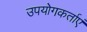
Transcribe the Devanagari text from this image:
उपयोगकर्ताएं